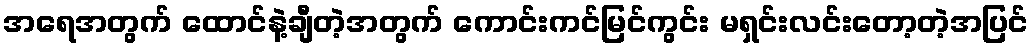
အရေအတွက် ထောင်နဲ့ချီတဲ့အတွက် ကောင်းကင်မြင်ကွင်း မရှင်းလင်းတော့တဲ့အပြင်